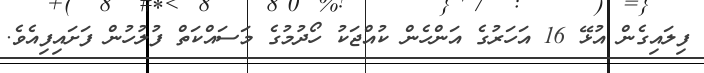
ފިލައިގެން އުޅޭ 16 އަހަރުގެ އަންހެން ކުއްޖަކު ހޯދުމުގެ މަސައްކަތް ފުލުހުން ފަށައިފިއެވެ.